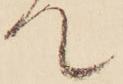
て